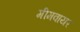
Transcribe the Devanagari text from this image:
मीमवायर